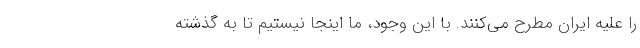
را علیه ایران مطرح می‌کنند. با این وجود، ما اینجا نیستیم تا به گذشته